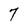
Character: 7